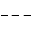
---